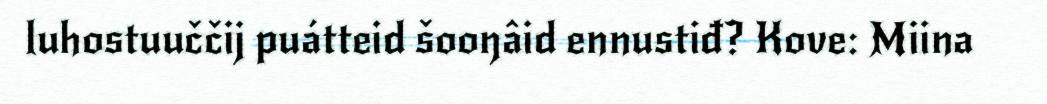
luhostuuččij puátteid šooŋâid ennustiđ? Kove: Miina